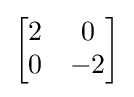
{\begin{bmatrix}2&0\\0&-2\\\end{bmatrix}}